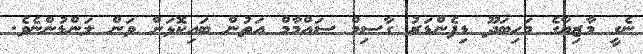
ނެގީ މާޒިޔާގެ މަހިބަދޫ ޑިފެންޑަރު ގާސިމް ސައްމާމް އަތުން ބައިކޮޅަށް ވަން ލަންޑުންނެވެ.